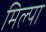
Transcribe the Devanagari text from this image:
मिल्पा